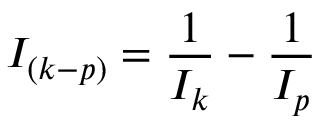
I _ { ( k - p ) } = \frac { 1 } { I _ { k } } - \frac { 1 } { I _ { p } }